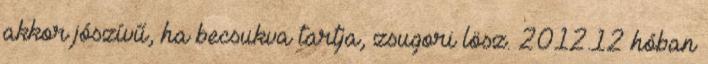
akkor jószívű, ha becsukva tartja, zsugori lösz. 2012.12 hóban